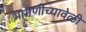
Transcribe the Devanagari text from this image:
मागणीच्यावेळी